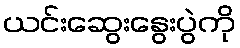
ယင်းဆွေးနွေးပွဲကို